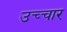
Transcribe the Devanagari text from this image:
उच्‍चार